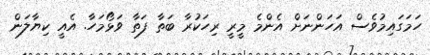
ހަމަގައިމުވެސް އަހަންނަށް އެންމެ މީރީ ރިހަކުރާ ބަތާ ފަތާ ވަޅޯމަހާ. އެއީ ކިޔާލަން